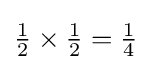
{\textstyle {\frac {1}{2}}\times {\frac {1}{2}}={\frac {1}{4}}}